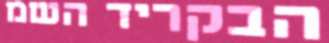
הבקריד השמ